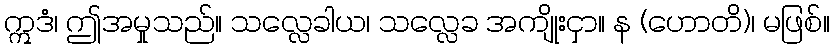
ဣဒံ၊ ဤအမှုသည်။ သလ္လေခါယ၊ သလ္လေခ အကျိုးငှာ။ န (ဟောတိ)၊ မဖြစ်။